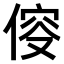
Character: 𠊯